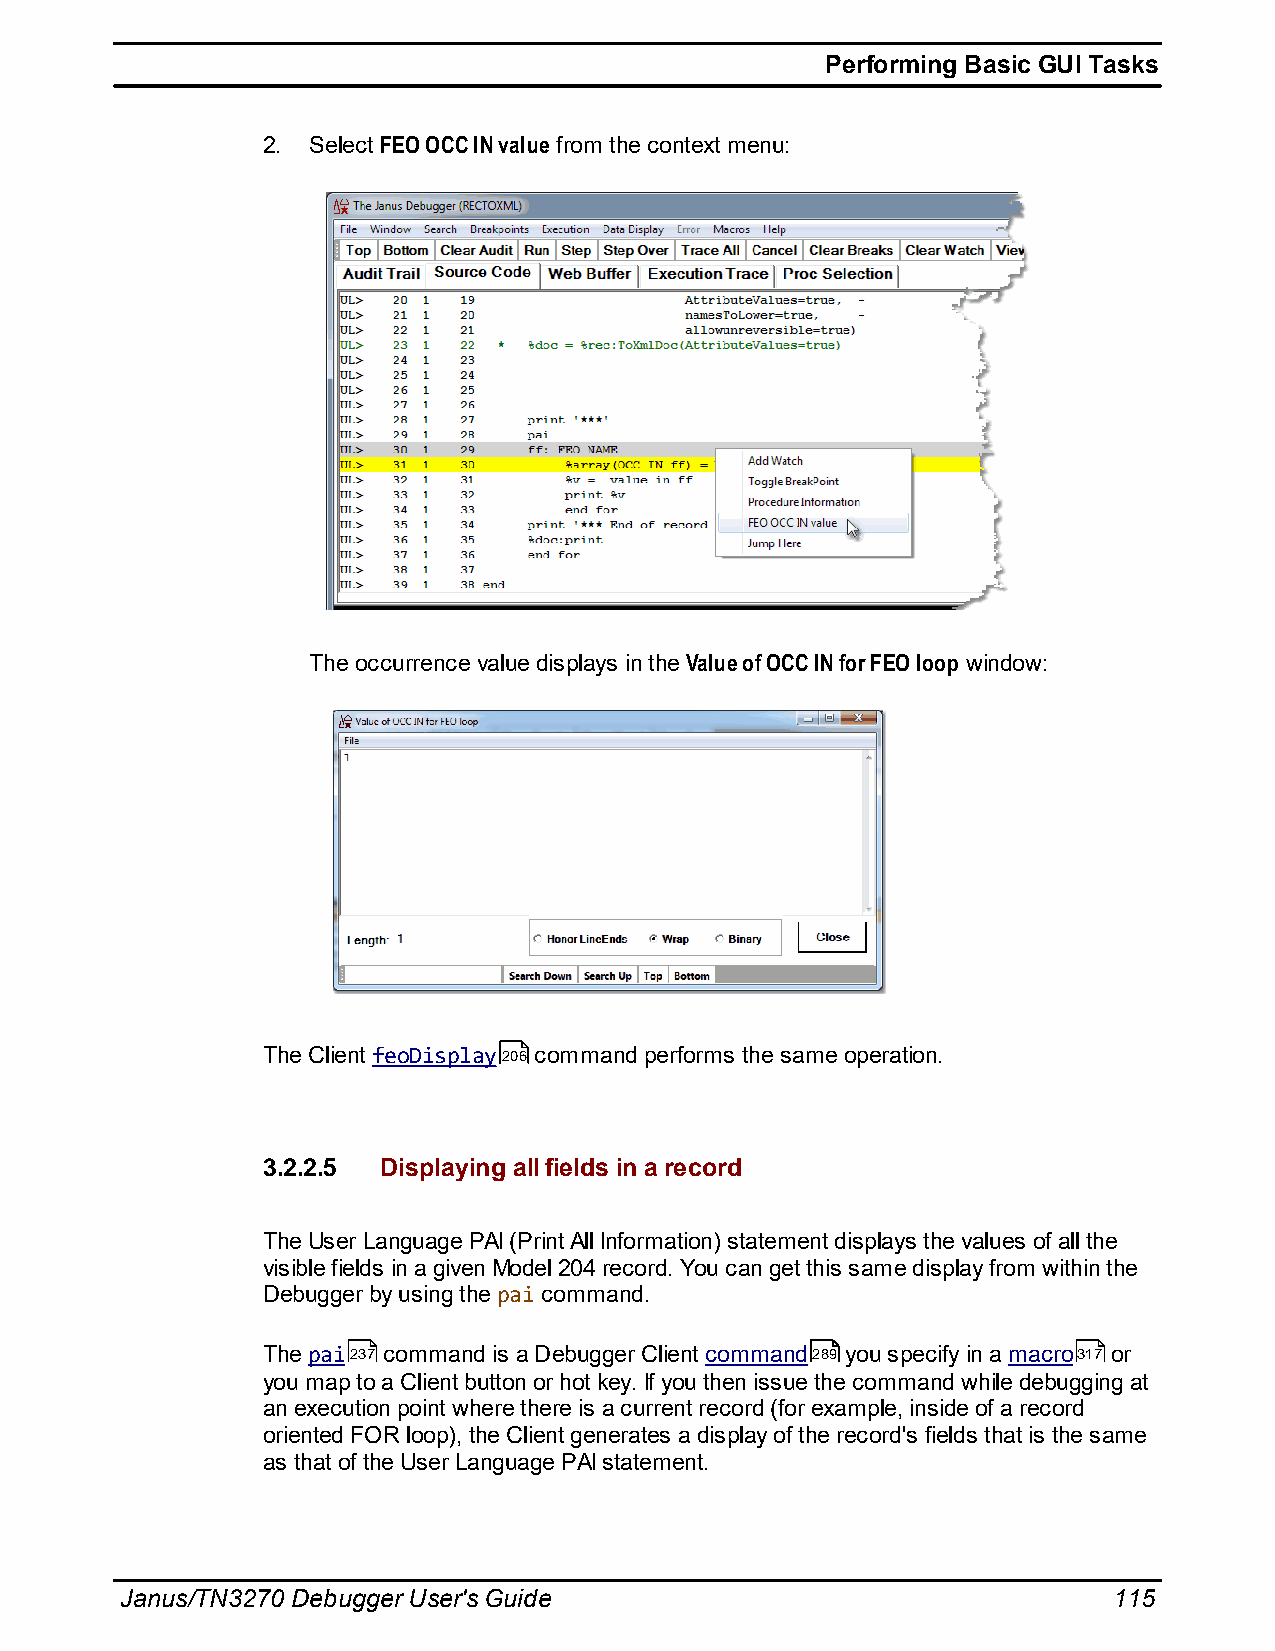
Performing Basic GUI Tasks
 2. Select FEO OCC IN value from the context menu:
 The occurrence value displays in the Value of OCC IN for FEO loop window:
 The Client feoDisplay206 command performs the same operation.
 3.2.2.5 Displaying all fields in a record
 The User Language PAI (Print All Information) statement displays the values of all the
 visible fields in a given Model 204 record. You can get this same display from within the
 Debugger by using the pai command.
 The pai237 command is a Debugger Client command289 you specify in a macro317 or
 you map to a Client button or hot key. If you then issue the command while debugging at
 an execution point where there is a current record (for example, inside of a record
 oriented FOR loop), the Client generates a display of the record's fields that is the same
 as that of the User Language PAI statement.
 Janus/TN3270 Debugger User's Guide                                115